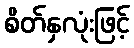
စိတ်နှလုံးဖြင့်